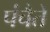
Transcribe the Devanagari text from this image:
पंचैते